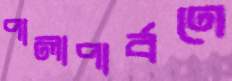
পালাপার্বণে